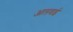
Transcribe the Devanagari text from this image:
आलवाई